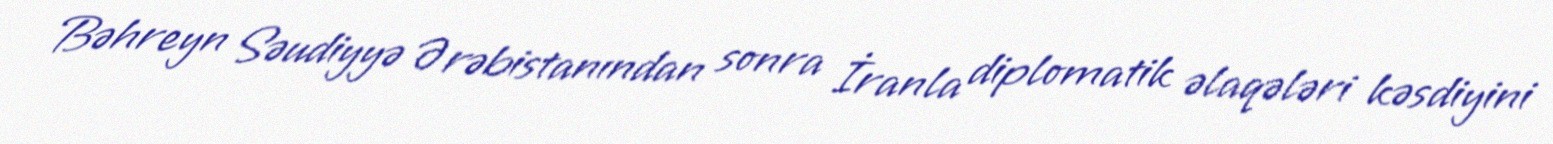
Bəhreyn Səudiyyə Ərəbistanından sonra İranla diplomatik əlaqələri kəsdiyini